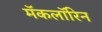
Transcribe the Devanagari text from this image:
मॅकलॉरिन